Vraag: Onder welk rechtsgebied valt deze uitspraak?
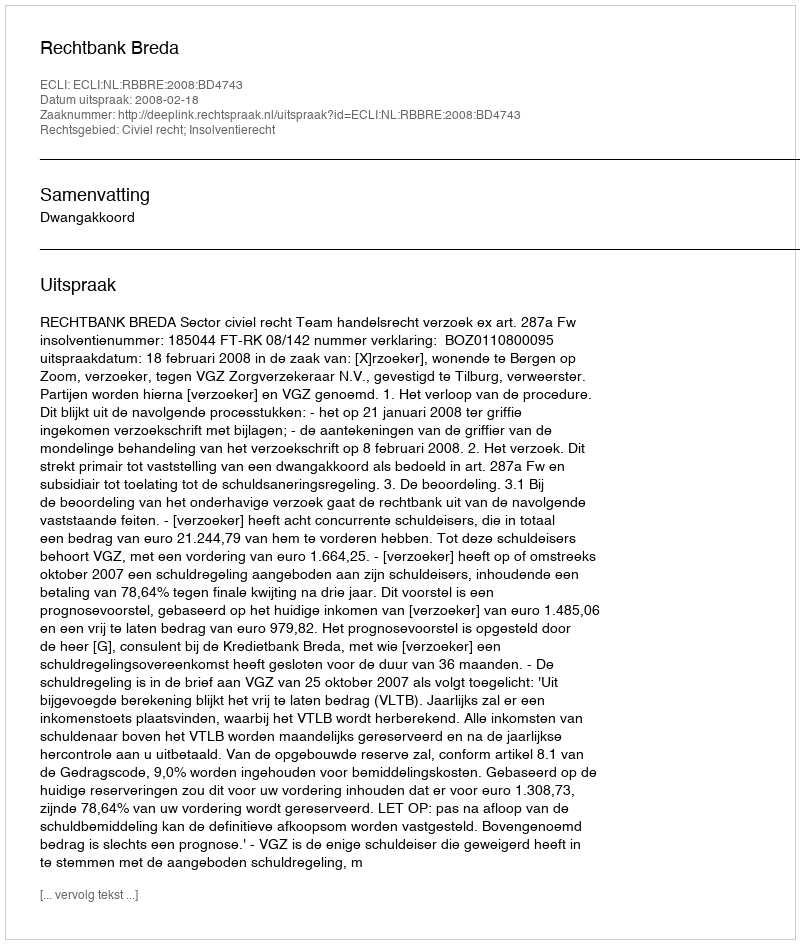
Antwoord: Civiel recht; Insolventierecht